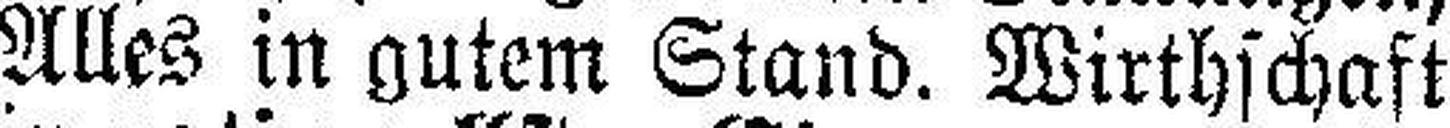
Alles in gutem Stand. Wirthschaft